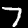
Label: 7